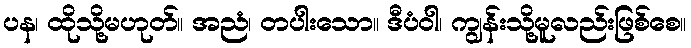
ပန၊ ထိုသို့မဟုတ်။ အညံ၊ တပါးသော။ ဒီပံဝါ၊ ကျွန်းသို့မူလည်းဖြစ်စေ။